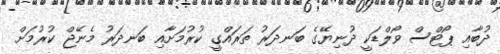
ދުބާއި ޕޯޓްސް ވޯލްޑަކީ ދުނިޔޭގެ ބަނދަރު ތަރައްގީ ކުރުމަށާއި ބަނދަރު މެނޭޖް ކުރުމަށް